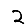
Digit: 2